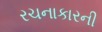
રચનાકારની